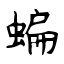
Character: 蝙